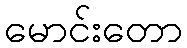
မောင်းတော